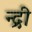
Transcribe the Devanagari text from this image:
न्द्री